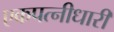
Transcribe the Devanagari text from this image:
एकपत्नीधारी